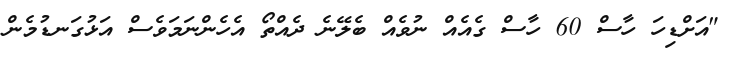
"އަށްޑިހަ ހާސް 60 ހާސް ގެއެއް ނުވެއް ބެލޭނެ ދެއްތޯ އެހެންނަމަވެސް އަޅުގަނޑުމެން